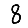
Digit: 8